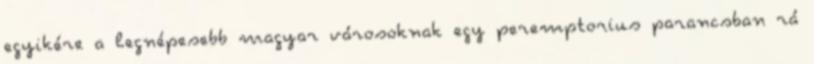
egyikére a legnépesebb magyar városoknak egy peremptorius parancsban rá